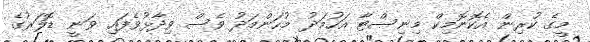
މީގެ ކުރިން އެކޮނޮމިކް މިނިސްޓާ އަހުމަދު މުހަންމަދު ވެސް ވިދާޅުވެފައި ވަނީ ޑޮލަރުގެ